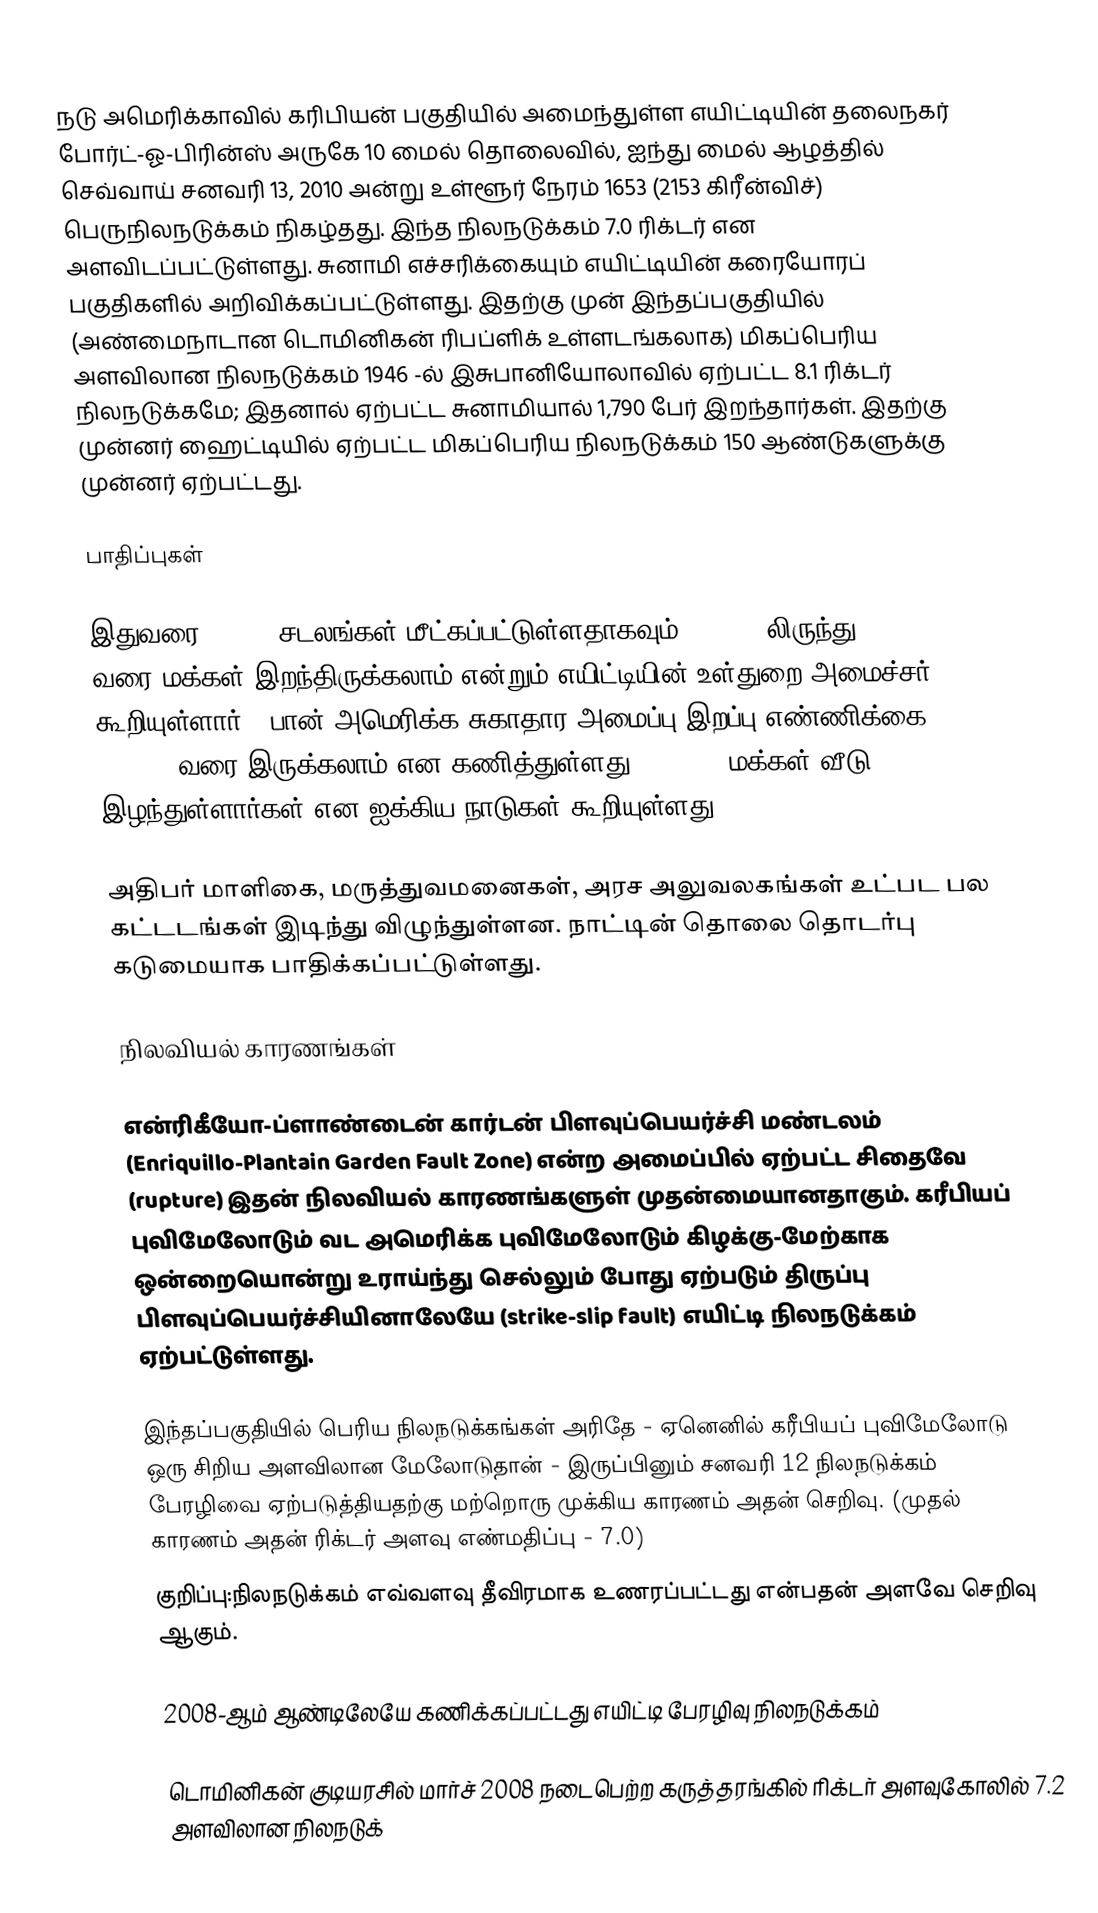
நடு அமெரிக்காவில் கரிபியன் பகுதியில் அமைந்துள்ள எயிட்டியின் தலைநகர் போர்ட்-ஓ-பிரின்ஸ் அருகே 10 மைல் தொலைவில், ஐந்து மைல் ஆழத்தில் செவ்வாய் சனவரி 13, 2010 அன்று உள்ளூர் நேரம் 1653 (2153 கிரீன்விச்) பெருநிலநடுக்கம் நிகழ்தது. இந்த நிலநடுக்கம் 7.0 ரிக்டர் என அளவிடப்பட்டுள்ளது. சுனாமி எச்சரிக்கையும் எயிட்டியின் கரையோரப் பகுதிகளில் அறிவிக்கப்பட்டுள்ளது. இதற்கு முன் இந்தப்பகுதியில் (அண்மைநாடான டொமினிகன் ரிபப்ளிக் உள்ளடங்கலாக) மிகப்பெரிய அளவிலான நிலநடுக்கம் 1946 -ல் இசுபானியோலாவில் ஏற்பட்ட 8.1 ரிக்டர் நிலநடுக்கமே; இதனால் ஏற்பட்ட சுனாமியால் 1,790 பேர் இறந்தார்கள். இதற்கு முன்னர் ஹைட்டியில் ஏற்பட்ட மிகப்பெரிய நிலநடுக்கம் 150 ஆண்டுகளுக்கு முன்னர் ஏற்பட்டது.

பாதிப்புகள்

இதுவரை 50,000 சடலங்கள் மீட்கப்பட்டுள்ளதாகவும் 100,000 லிருந்து 200,000 வரை மக்கள் இறந்திருக்கலாம் என்றும் எயிட்டியின் உள்துறை அமைச்சர் கூறியுள்ளார் . பான் அமெரிக்க சுகாதார அமைப்பு இறப்பு எண்ணிக்கை 200,000 வரை இருக்கலாம் என கணித்துள்ளது. 300,000 மக்கள் வீடு இழந்துள்ளார்கள் என ஐக்கிய நாடுகள் கூறியுள்ளது.

அதிபர் மாளிகை, மருத்துவமனைகள், அரச அலுவலகங்கள் உட்பட பல கட்டடங்கள் இடிந்து விழுந்துள்ளன. நாட்டின் தொலை தொடர்பு கடுமையாக பாதிக்கப்பட்டுள்ளது.

நிலவியல் காரணங்கள்

என்ரிகீயோ-ப்ளாண்டைன் கார்டன் பிளவுப்பெயர்ச்சி மண்டலம் (Enriquillo-Plantain Garden Fault Zone) என்ற அமைப்பில் ஏற்பட்ட சிதைவே (rupture) இதன் நிலவியல் காரணங்களுள் முதன்மையானதாகும். கரீபியப் புவிமேலோடும் வட அமெரிக்க புவிமேலோடும் கிழக்கு-மேற்காக ஒன்றையொன்று உராய்ந்து செல்லும் போது ஏற்படும் திருப்பு பிளவுப்பெயர்ச்சியினாலேயே (strike-slip fault) எயிட்டி நிலநடுக்கம் ஏற்பட்டுள்ளது.

இந்தப்பகுதியில் பெரிய நிலநடுக்கங்கள் அரிதே - ஏனெனில் கரீபியப் புவிமேலோடு ஒரு சிறிய அளவிலான மேலோடுதான் - இருப்பினும் சனவரி 12 நிலநடுக்கம் பேரழிவை ஏற்படுத்தியதற்கு மற்றொரு முக்கிய காரணம் அதன் செறிவு. (முதல் காரணம் அதன் ரிக்டர் அளவு எண்மதிப்பு - 7.0)
குறிப்பு:நிலநடுக்கம் எவ்வளவு தீவிரமாக உணரப்பட்டது என்பதன் அளவே செறிவு ஆகும்.

2008-ஆம் ஆண்டிலேயே கணிக்கப்பட்டது எயிட்டி பேரழிவு நிலநடுக்கம்

டொமினிகன் குடியரசில் மார்ச் 2008 நடைபெற்ற கருத்தரங்கில் ரிக்டர் அளவுகோலில் 7.2 அளவிலான நிலநடுக்